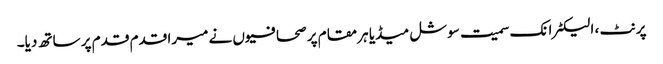
پرنٹ ، الیکٹرانک سمیت سوشل میڈیا ہر مقام پر صحافیوں نے میرا قدم قدم پر ساتھ دیا۔